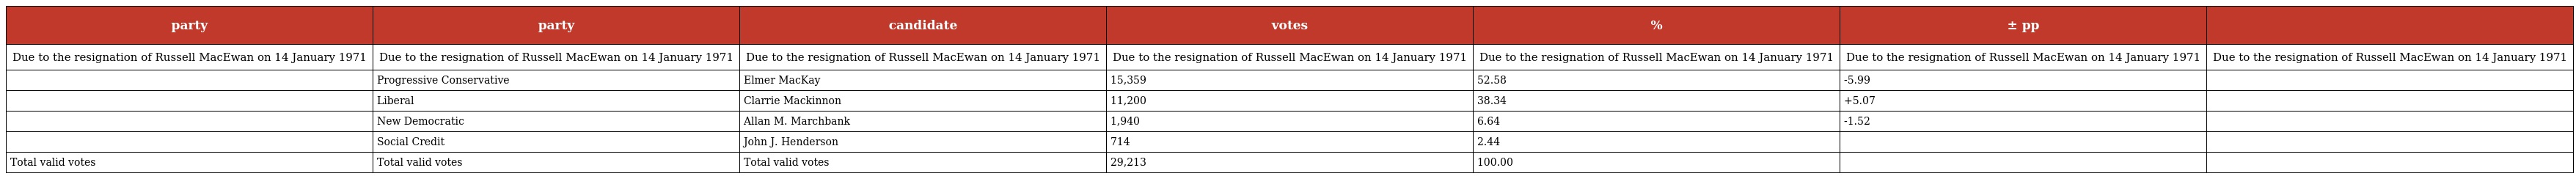
| party | party | candidate | votes | % | ± pp |  |
 | --- | --- | --- | --- | --- | --- | --- |
 | Due to the resignation of Russell MacEwan on 14 January 1971 | Due to the resignation of Russell MacEwan on 14 January 1971 | Due to the resignation of Russell MacEwan on 14 January 1971 | Due to the resignation of Russell MacEwan on 14 January 1971 | Due to the resignation of Russell MacEwan on 14 January 1971 | Due to the resignation of Russell MacEwan on 14 January 1971 | Due to the resignation of Russell MacEwan on 14 January 1971 |
 |  | Progressive Conservative | Elmer MacKay | 15,359 | 52.58 | -5.99 |  |
 |  | Liberal | Clarrie Mackinnon | 11,200 | 38.34 | +5.07 |  |
 |  | New Democratic | Allan M. Marchbank | 1,940 | 6.64 | -1.52 |  |
 |  | Social Credit | John J. Henderson | 714 | 2.44 |  |  |
 | Total valid votes | Total valid votes | Total valid votes | 29,213 | 100.00 |  |  |